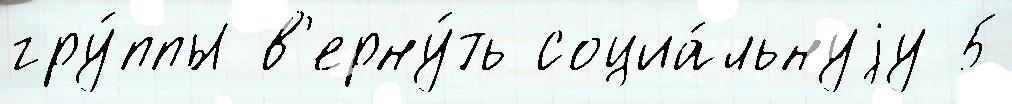
гру́ппы в'ерну́ть социа́льнуjу 5